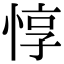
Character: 惇